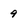
Character: 9